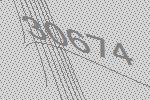
30674